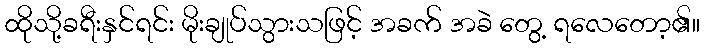
ထိုသို့ခရီးနှင်ရင်း မိုးချုပ်သွားသဖြင့် အခက် အခဲ တွေ့ ရလေတော့၏။